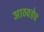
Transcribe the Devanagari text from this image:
आठवडेच